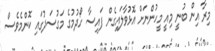
މިރާ އިން ބުނީ މިއީ މީހުންނަށް އޮޅުވާލައިގެން ފައިސާ ހޯދުމުގެ މަގުސަދުގައި ކޮންމެވެސް